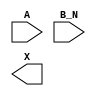
module sky130_fd_sc_ms__or2b (
    //# {{data|Data Signals}}
    input  A  ,
    input  B_N,
    output X
);

    // Voltage supply signals
    supply1 VPWR;
    supply0 VGND;
    supply1 VPB ;
    supply0 VNB ;

endmodule